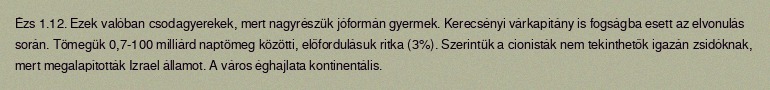
Ézs 1.12. Ezek valóban csodagyerekek, mert nagyrészük jóformán gyermek. Kerecsényi várkapitány is fogságba esett az elvonulás során. Tömegük 0,7-100 milliárd naptömeg közötti, előfordulásuk ritka (3%). Szerintük a cionisták nem tekinthetők igazán zsidóknak, mert megalapították Izrael államot. A város éghajlata kontinentális.